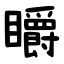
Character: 䂃